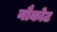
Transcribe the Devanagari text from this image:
नौकोट